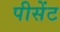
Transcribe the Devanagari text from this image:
पीसेंट